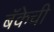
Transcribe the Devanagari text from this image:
बॅकेची